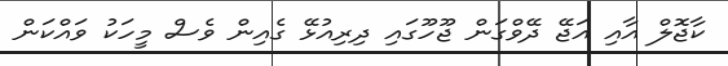
ކާޖޮލް އާއި އަޖޭ ދޭވްގަން ޖޫހޫގައި ދިރިއުޅޭ ގެއިން ވެސް މީހަކު ވައްކަން